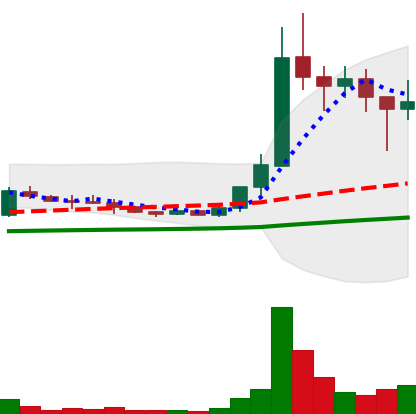
Ticker: XLM-USD
Chart end date: 2021-01-12
Forward return: 7.746%
Label: up_7plus